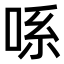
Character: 𫪈